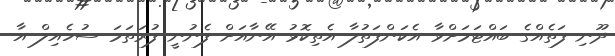
ދޫނި ފަތެއްގެ ބައްޓަމަށްވާ އެކަންފަތުލާ އެތިކޮޅު އޭނާއަށް ފެނުނީ ފުރަތަމަ ސުހެއިލް އާ